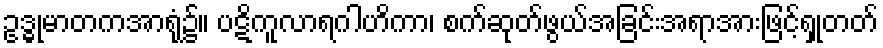
ဥဒ္ဓုမာတကအာရုံ၌။ ပဋိကူလာရဂါဟိကာ၊ စက်ဆုတ်ဖွယ်အခြင်းအရာအားဖြင့်ရှုတတ်